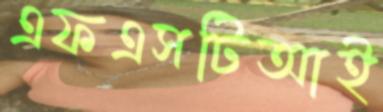
এফএসটিআই